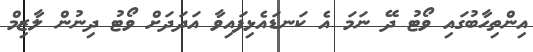
އިންތިހާބުގައި ވޯޓު ދޭ ނަމަ އެ ކަނޑައެޅިފައިވާ އަދަދަށް ވޯޓު ދިނުން ލާޒިމް